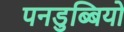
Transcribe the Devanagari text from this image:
पनडुब्बियो